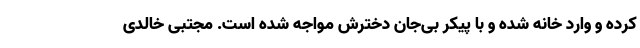
کرده و وارد خانه شده و با پیکر بی‌جان دخترش مواجه شده است. مجتبی خالدی